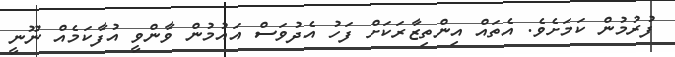
ފުރުމުން ކަމަށެވެ. އެތައް އިންތިޒާރަކަށް ފަހު އެދުވަސް އައުމުން ވާންވީ އުފާކަމެއް ނޫނީ